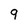
Character: 9